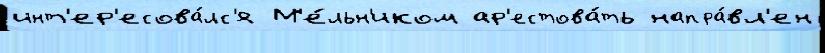
инт'ер'есова́лс'я М'е́льн'иком ар'естова́ть напра́вл'ен